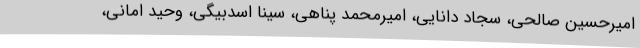
امیرحسین صالحی، سجاد دانایی، امیرمحمد پناهی، سینا اسدبیگی، وحید امانی،